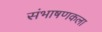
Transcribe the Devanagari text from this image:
संभाषणकला